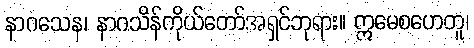
နာဂသေန၊ နာဂသိန်ကိုယ်တော်အရှင်ဘုရား။ ဣမေစဟေတူ၊